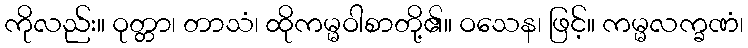
ကိုလည်း။ ဝုတ္တာ၊ တာသံ၊ ထိုကမ္မဝါစာတို့၏။ ဝသေန၊ ဖြင့်။ ကမ္မလက္ခဏံ၊